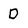
Character: D